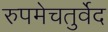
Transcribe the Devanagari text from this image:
रुपमेचतुर्वेद